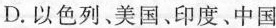
D.以色列、美国、印度、中国